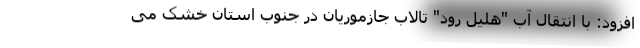
افزود: با انتقال آب "هلیل رود" تالاب جازموریان در جنوب استان خشک می